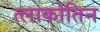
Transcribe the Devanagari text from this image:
त्लाकोतिन